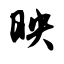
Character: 映